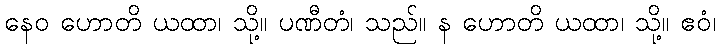
နေဝ ဟောတိ ယထာ၊ သို့။ ပဏီတံ၊ သည်။ န ဟောတိ ယထာ၊ သို့။ ဧဝံ၊